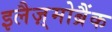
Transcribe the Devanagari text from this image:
इलैज़्मोब्रैंक